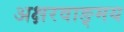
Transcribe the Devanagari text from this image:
अक्षरवाङ्मय